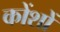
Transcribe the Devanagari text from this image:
कोंशों